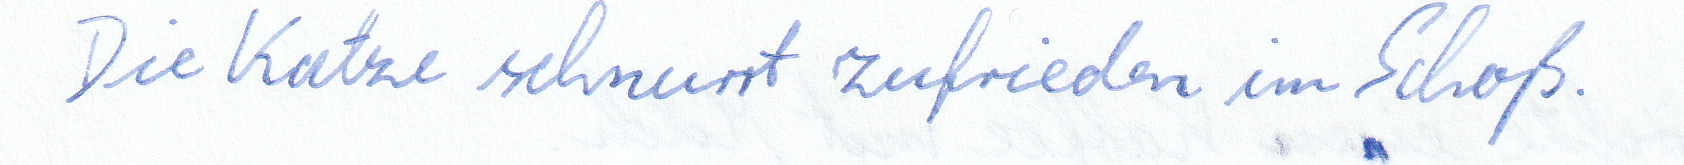
Die Katze schnurrt zufrieden im Schoß.